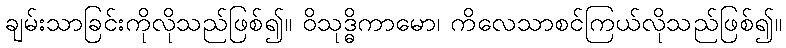
ချမ်းသာခြင်းကိုလိုသည်ဖြစ်၍။ ဝိသုဒ္ဓိကာမော၊ ကိလေသာစင်ကြယ်လိုသည်ဖြစ်၍။